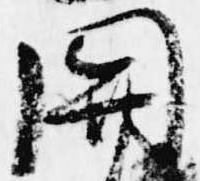
関